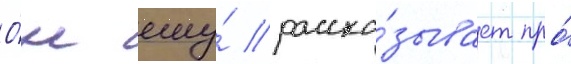
О́н ему́ расска́зывает про́